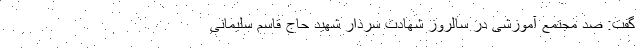
گفت: صد مجتمع آموزشی در سالروز شهادت سردار شهید حاج قاسم سلیمانی